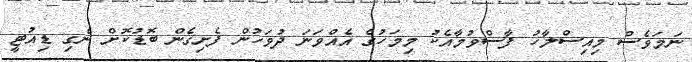
ނަމަވެސް މިއިސްލާހު ފާސްވުމާއެކު މިމަހުގެ އެއްވަނަ ދުވަހުން ފެށިގެން ބޮޑުކޮށް ނެގި ޑިއުޓީ